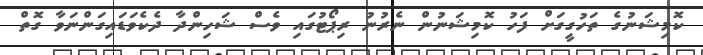
ކޮމިޝަނުގެ ތަހުގީގަށް ފަހު ކޮމިޝަނުން ނެރުނު ރިޕޯޓުގައި ވެސް ޝަހިންދާ ދެކެވަޑައިގަންނަވާ ގޮތް